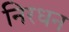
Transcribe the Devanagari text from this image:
निरधन